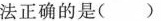
法正确的是()